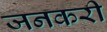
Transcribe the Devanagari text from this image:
जनकरी